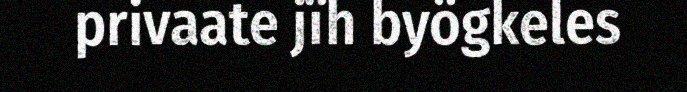
privaate jïh byögkeles